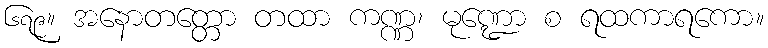
၆၇၉။ အနောတတ္တော တထာ ကဏ္ဏ၊ မုဏ္ဍော စ ရထကာရကော။